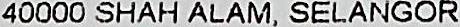
40000 SHAH ALAM, SELANGOR